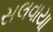
સલવાયા